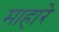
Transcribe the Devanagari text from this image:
माहारे